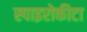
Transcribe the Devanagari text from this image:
स्पाइरोकीटा